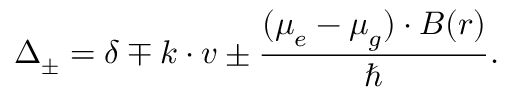
\Delta _ { \pm } = \delta \mp \boldsymbol { k } \cdot \boldsymbol { v } \pm \frac { ( \boldsymbol { \mu } _ { e } - \boldsymbol { \mu } _ { g } ) \cdot \boldsymbol { B } ( \boldsymbol { r } ) } { \hbar } .